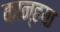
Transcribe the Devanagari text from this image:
कान्हया